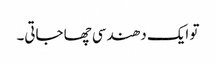
تو ایک دھندسی چھا جاتی۔